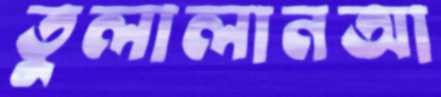
তুলালানআ